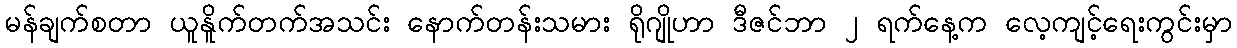
မန်ချက်စတာ ယူနိူက်တက်အသင်း နောက်တန်းသမား ရိုဂျိုဟာ ဒီဇင်ဘာ ၂ ရက်နေ့က လေ့ကျင့်ရေးကွင်းမှာ